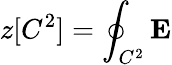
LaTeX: z[C^{2}]=\oint_{C^{2}}{\mathbf E}